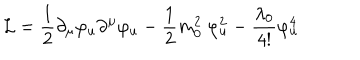
{ \cal L } = \frac { 1 } { 2 } \partial _ { \mu } \varphi _ { u } \partial ^ { \mu } \varphi _ { u } - \frac { 1 } { 2 } m _ { 0 } ^ { 2 } ~ \varphi _ { u } ^ { 2 } - \frac { \lambda _ { 0 } } { 4 ! } \varphi _ { u } ^ { 4 } \,